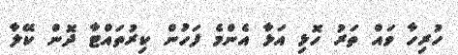
ހުރިހާ ވައް ތަރު ހޮޅި އަޅާ އެންމެ ފަހުން ކިރުތައްޓާ ދޮން ކޭލާ